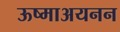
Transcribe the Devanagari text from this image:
ऊष्माअयनन